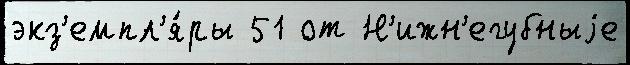
экз'емпл'я́ры 51 от Н'ижн'егубныjе